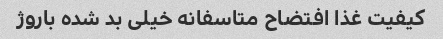
کیفیت غذا افتضاح متاسفانه خیلی بد شده باروژ